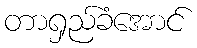
တာရှည်ခံအောင်